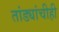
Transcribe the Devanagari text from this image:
तांड्यांचीही